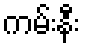
ကမ်းနီး